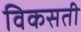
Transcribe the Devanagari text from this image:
विकसती